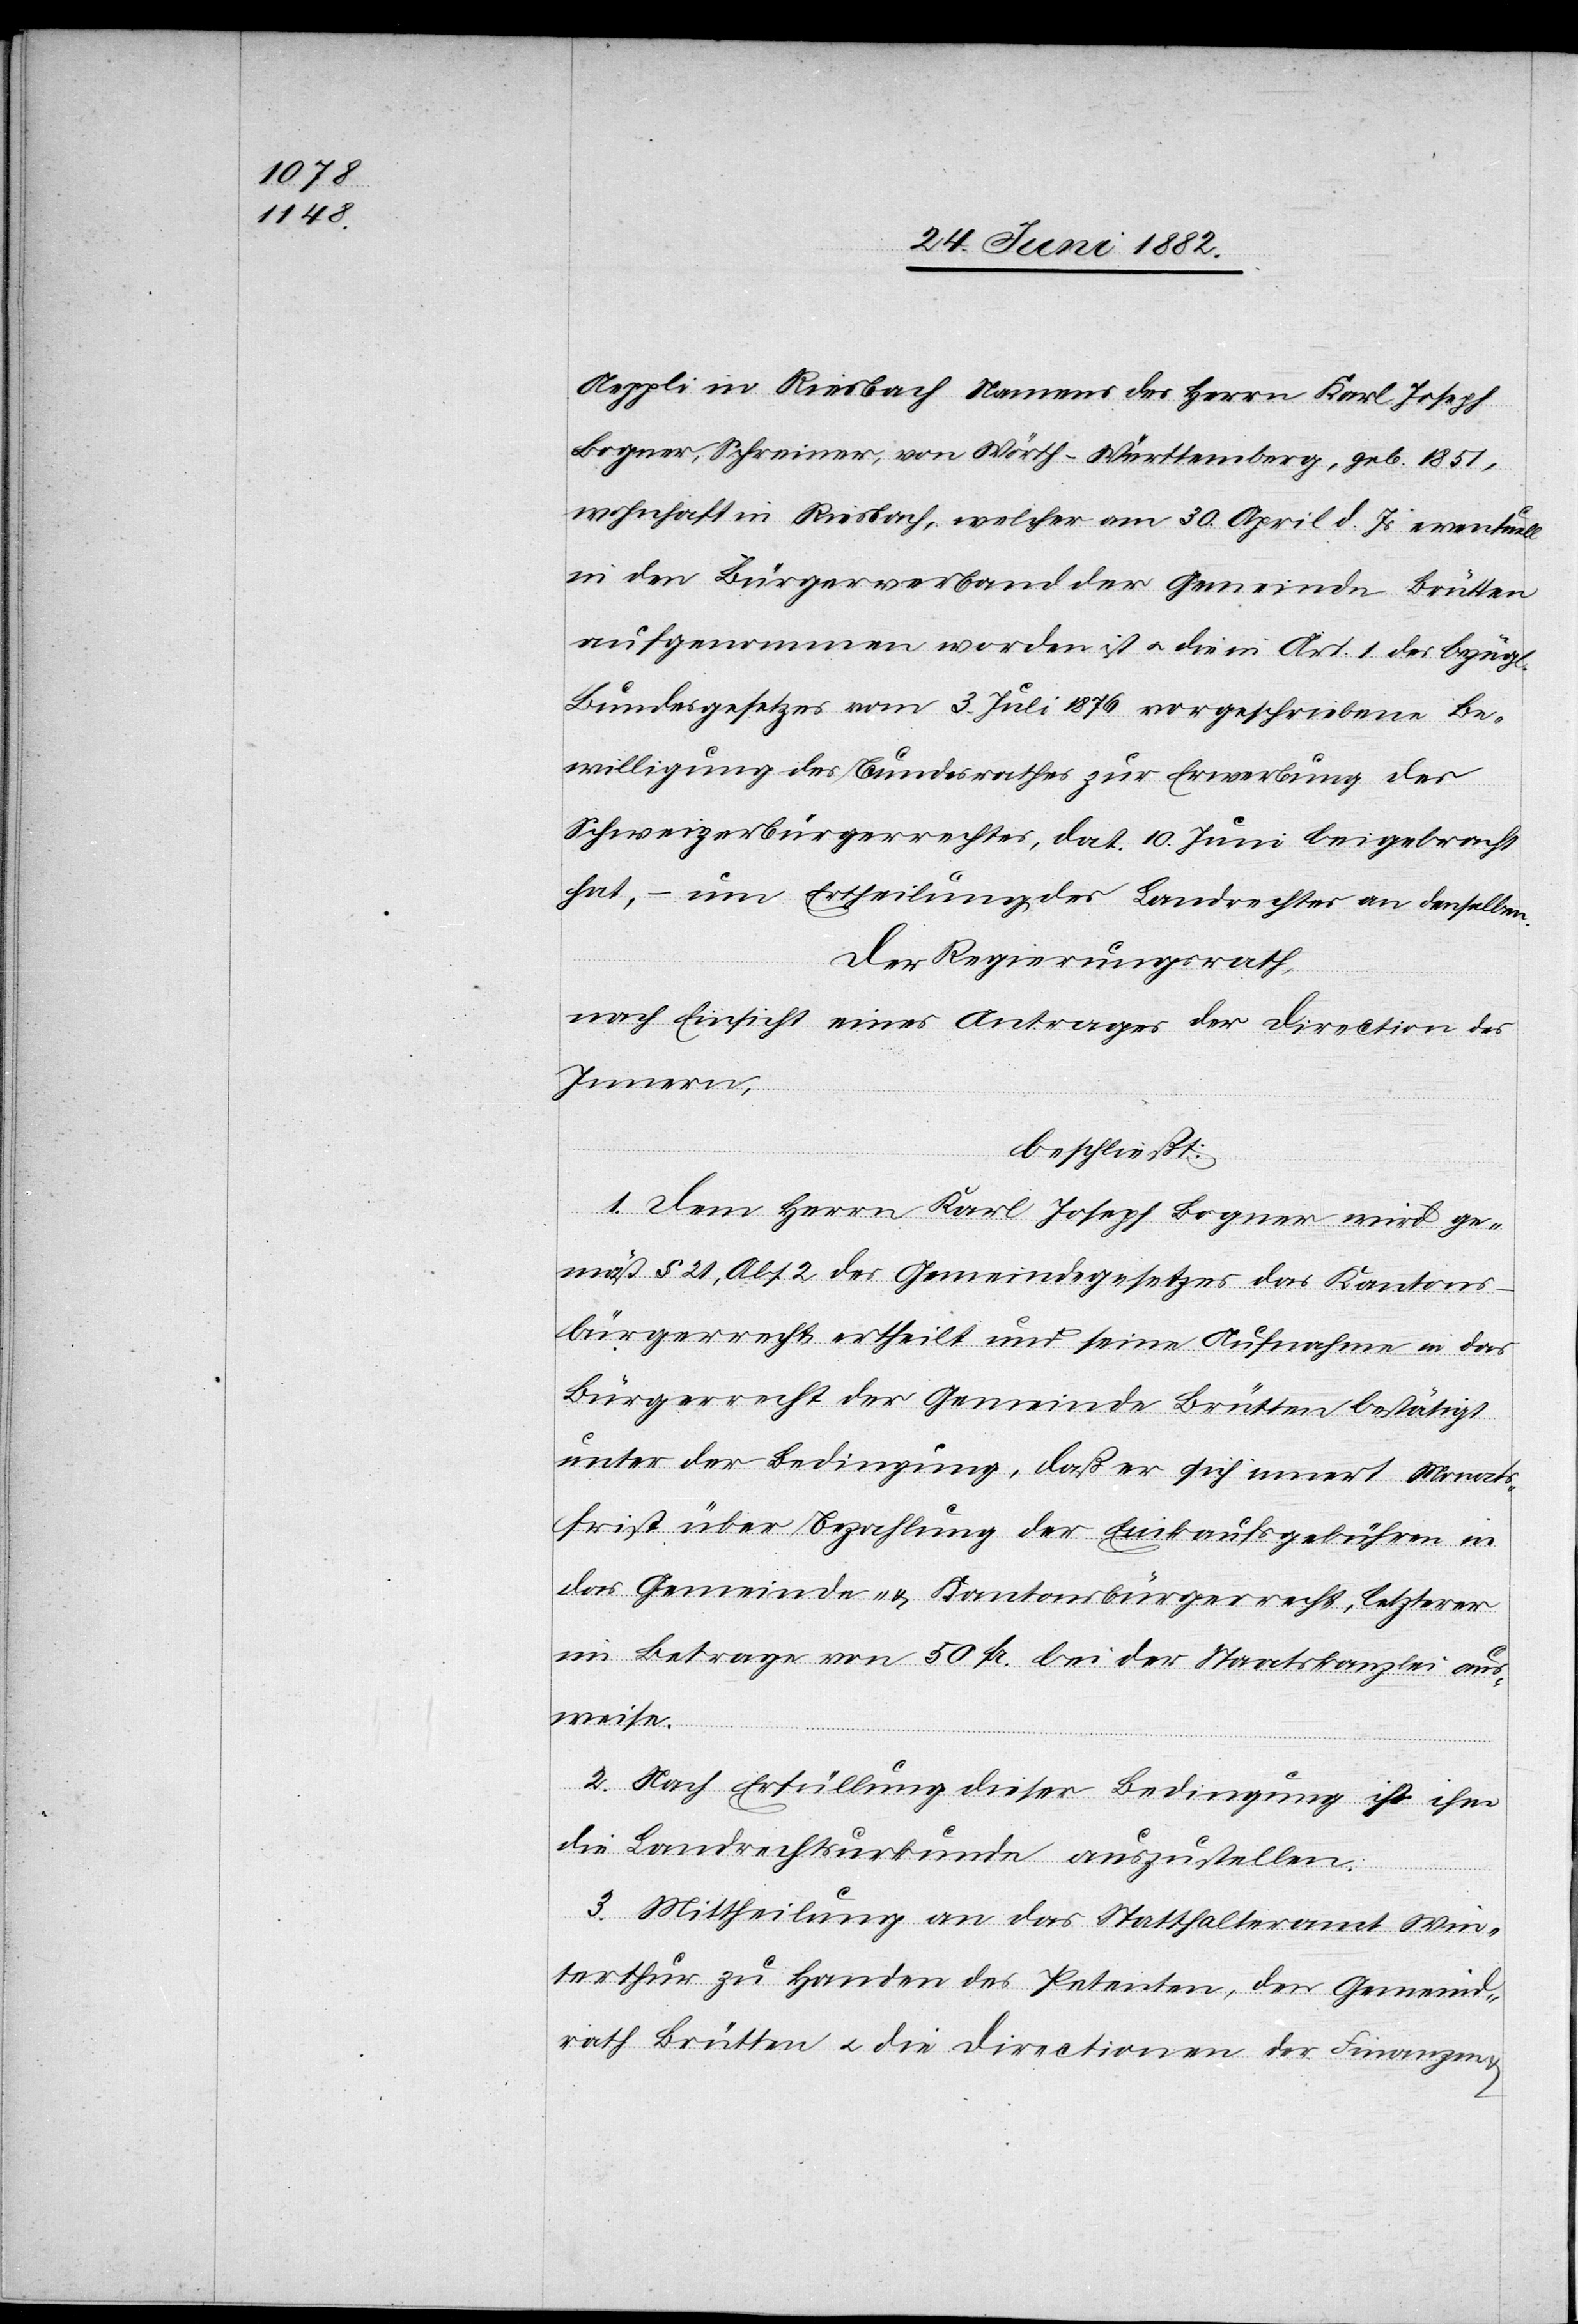
Aeppli in Riesbach Namens des Herrn Karl Joseph
Bogner. Schreiner, von Wörth - Württemberg, geb. 1851,
wohnhaft in Riesbach, welcher am 30. April d. Js. eventuell
in den Bürgerverband der Gemeinde Brütten
aufgenommen worden ist u. die in Art. 1 des bezügl.
Bundesgesetzes vom 3. Juli 1876 vorgeschriebene Be¬
willigung des Bundesrathes zur Erwerbung des
Schweizerbürgerrechtes, dat. 10. Juni beigebracht
hat, – um Ertheilung des Landrechtes an denselben.
Der Regierungsrath,
nach Einsicht eines Antrages der Direction des
Innern,
beschließt:
1. Dem Herrn Karl Joseph Bogner wird ge¬
mäß § 21, Abs. 2 des Gemeindegesetzes das Kantons¬
bürgerrecht ertheilt und seine Aufnahme in das
Bürgerrecht der Gemeinde Brütten bestätigt
unter der Bedingung, daß er sich innert Monats¬
frist über Bezahlung der Einkaufsgebühren in
das Gemeinde- & Kantonsbürgerrecht, letzterer
im Betrage von 50 Fr. bei der Staatskanzlei aus¬
weise.
2. Nach Erfüllung dieser Bedingung ist ihm
die Landrechtsurkunde auszustellen.
3. Mittheilung an das Statthalteramt Win¬
terthur zu Handen des Petenten, den Gemeind¬
rath Brütten u. die Directionen der Finanzen